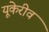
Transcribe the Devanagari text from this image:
यूकेरीव